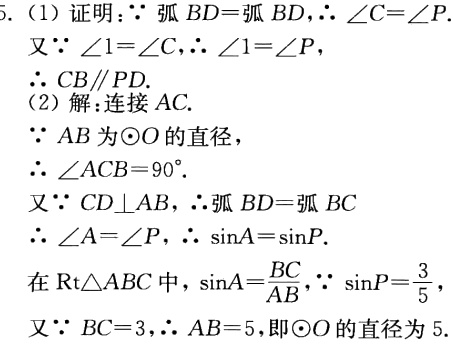
5. (1) 证明：\(\because\)弧 \(BD =\)弧 \(BD\)，\(\therefore\angle C=\angle P\).
又\(\because\angle 1 = \angle C\)，\(\therefore\angle 1=\angle P\)，
\(\therefore CB\parallel PD\).
(2) 解：连接 \(AC\).
\(\because AB\)为\(\odot O\)的直径，
\(\therefore\angle ACB = 90^{\circ}\).
又\(\because CD\perp AB\)，\(\therefore\)弧 \(BD =\)弧 \(BC\)
\(\therefore\angle A=\angle P\)，\(\therefore\sin A=\sin P\).
在\(\text{Rt}\triangle ABC\)中，\(\sin A=\frac{BC}{AB}\)，\(\because\sin P = \frac{3}{5}\)，
又\(\because BC = 3\)，\(\therefore AB = 5\)，即\(\odot O\)的直径为 \(5\).